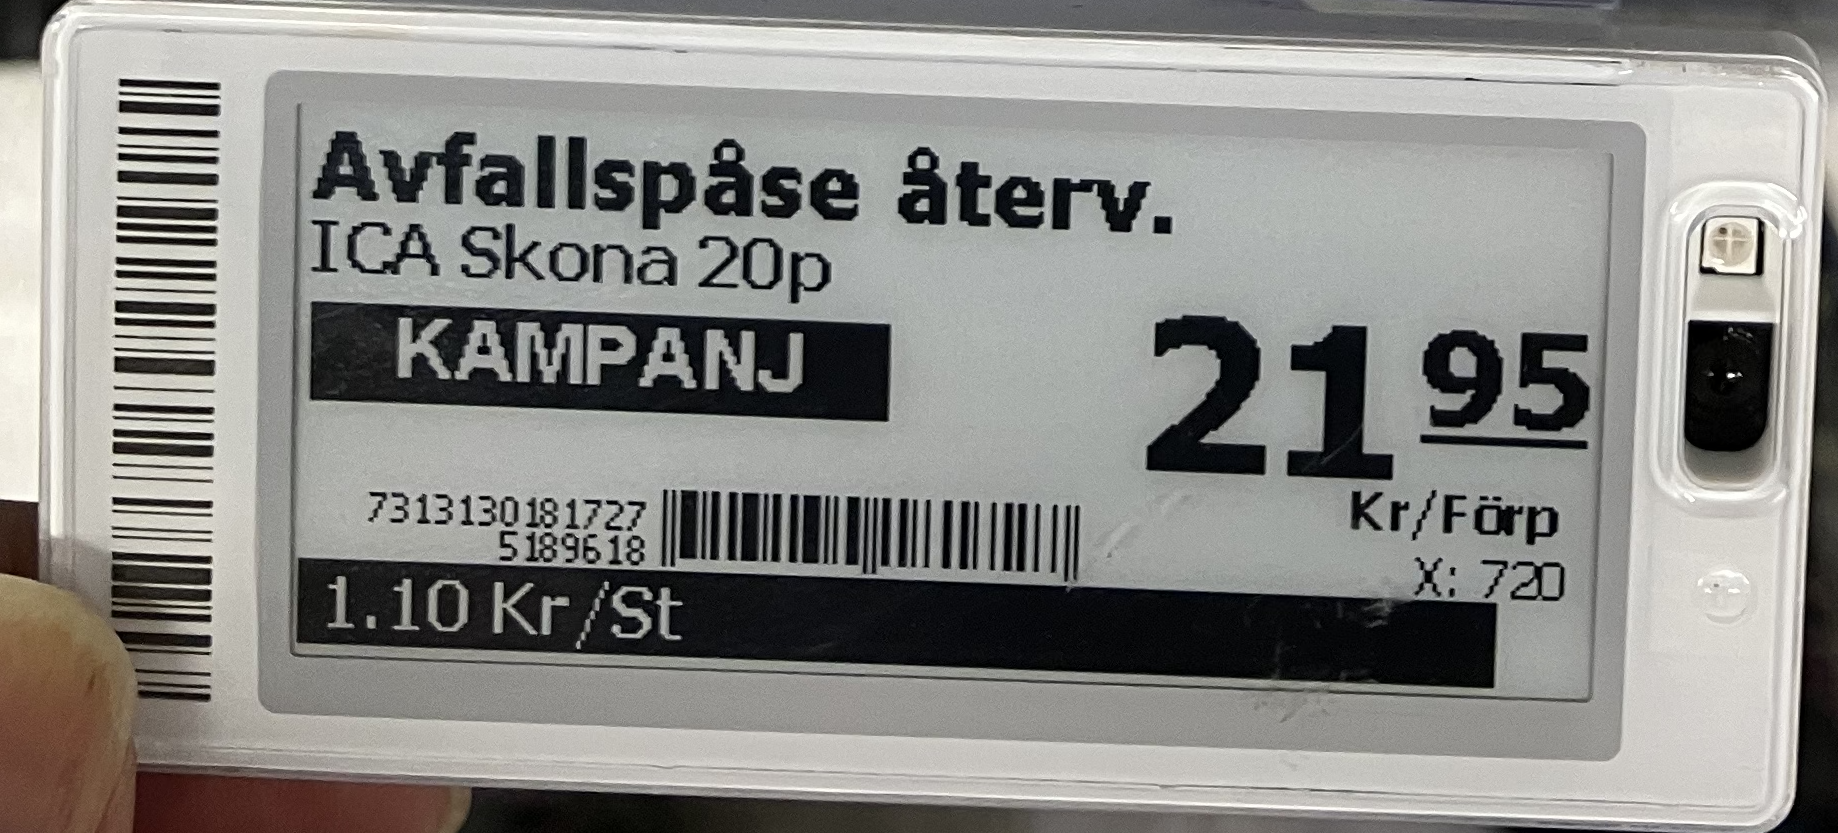
Vara: Svfallspåse återv
Genomsnittspris: 1.10 per st